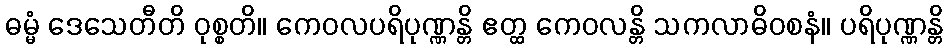
ဓမ္မံ ဒေသေတီတိ ဝုစ္စတိ။ ကေဝလပရိပုဏ္ဏန္တိ ဧတ္ထ ကေဝလန္တိ သကလာဓိဝစနံ။ ပရိပုဏ္ဏန္တိ